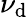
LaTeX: \nu_{\mathrm{d}}